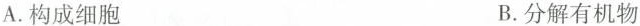
A.构成细胞 B.分解有机物